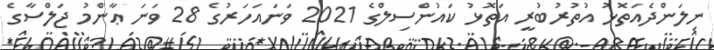
ނިލަންދެއަތޮޅު އުތުރުބުރީ އަތޮޅު ކައުންސިލްގެ 2021 ވަނައަހަރުގެ 28 ވަނަ ޢާންމު ޖަލްސާގެ